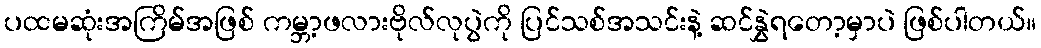
ပထမဆုံးအကြိမ်အဖြစ် ကမ္ဘာ့ဖလားဗိုလ်လုပွဲကို ပြင်သစ်အသင်းနဲ့ ဆင်နွှဲရတော့မှာပဲ ဖြစ်ပါတယ်။